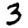
Digit: 3